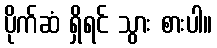
ပိုက်ဆံ ရှိရင် သွား စားပါ။